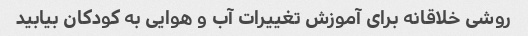
روشی خلاقانه برای آموزش تغییرات آب و هوایی به کودکان بیابید